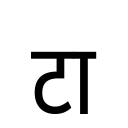
OCR:
टा